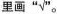
里面“√”。